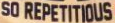
SO REPETITIOUS